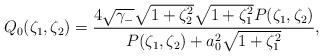
LaTeX: \begin{align*}Q_0(\zeta_1, \zeta_2) = \frac{4\sqrt{\gamma_-}\sqrt{1+\zeta_2^2}\sqrt{1 + \zeta_1^2}P(\zeta_1, \zeta_2)}{P(\zeta_1, \zeta_2)+a_0^2\sqrt{1 + \zeta_1^2}}, \end{align*}